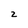
Character: 2